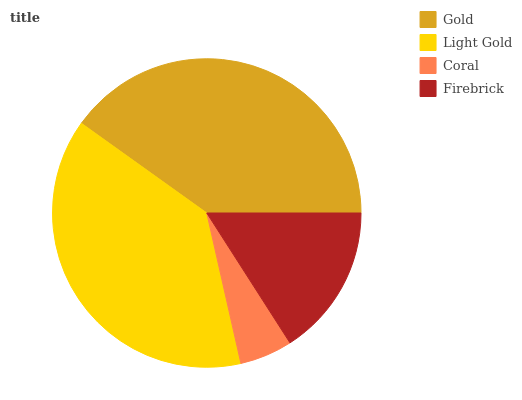
| Gold | Light Gold | Coral | Firebrick |
 | --- | --- | --- | --- |
 | 40.1% | 38.4% | 5.53% | 15.9% |